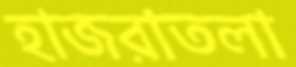
হাজরাতলা